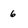
Character: 6